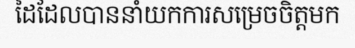
ដៃដែលបាននាំយកការសម្រេចចិត្តមក